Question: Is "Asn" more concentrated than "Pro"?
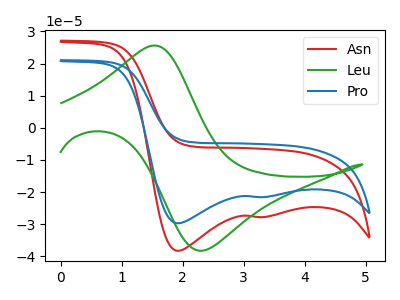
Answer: <think>The red curve "Asn" has cathodic peaks at (1.90V, -38.25uA) (3.20V, -27.75uA). The green curve "Leu" has an anodic peak at (1.55V, 25.60uA) and a cathodic peak at (2.35V, -38.20uA). The blue curve "Pro" has cathodic peaks at (1.90V, -29.70uA) (3.20V, -21.55uA).
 All the peaks in "Asn" have a peak in "Pro" at the same potential. Every peak in "Asn" is higher than every peak in "Pro".</think>
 <answer>"Asn" has more signal than "Pro" and so likely has a higher concentration.</answer>
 <eval>more_concentration</eval>